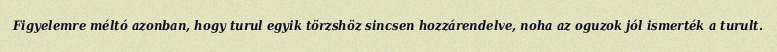
Figyelemre méltó azonban, hogy turul egyik törzshöz sincsen hozzárendelve, noha az oguzok jól ismerték a turult.